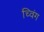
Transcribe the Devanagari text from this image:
च्विंग